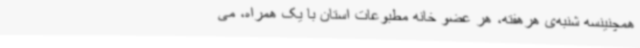
همچنینسه شنبه‌ی هرهفته، هر عضو خانه مطبوعات استان با یک همراه، می